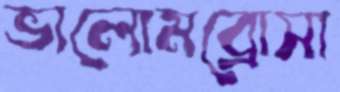
ভালোমব্রোসা